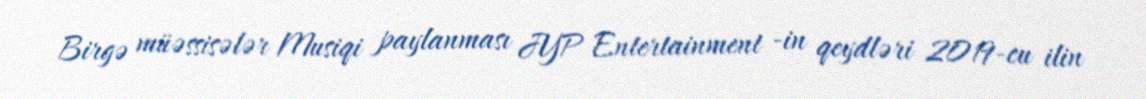
Birgə müəssisələr Musiqi paylanması JYP Entertainment -in qeydləri 2019-cu ilin